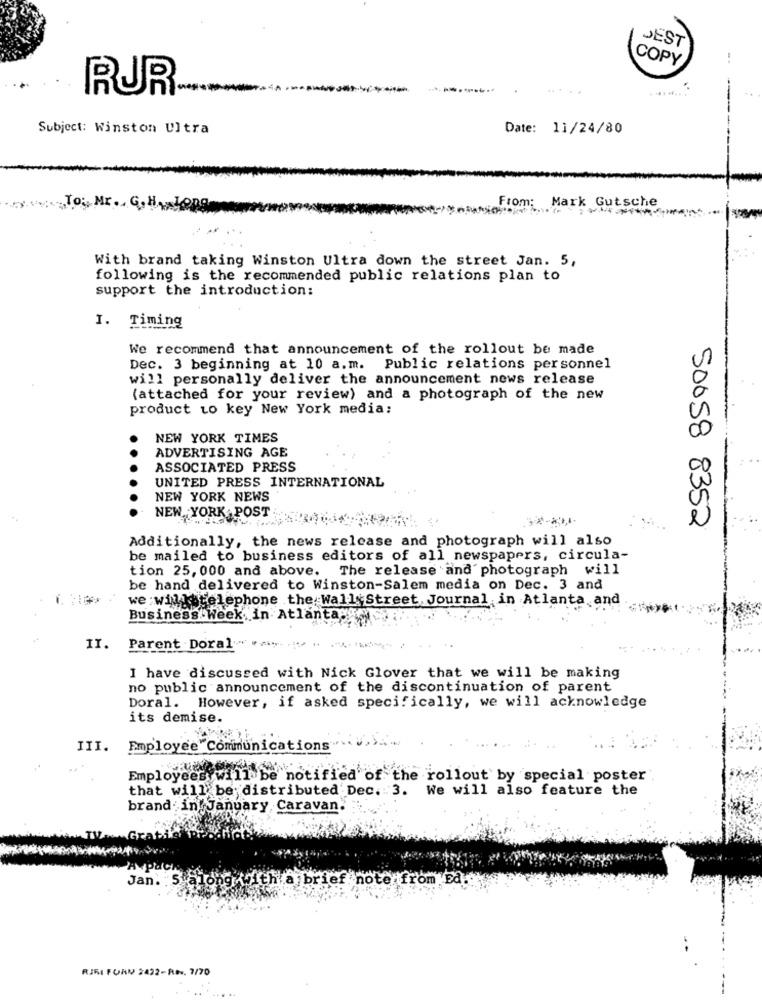
JEST
COPY
..
RUR
Subject: Winston Ultra
Date: 11/24/80
From: Mark Gutsche
With brand taking Winston Ultra down the street Jan. 5,
following is the recommended public relations plan to
support the introduction:
I. Timin
We recommend that announcement of the rollout be made
Dec. 3 beginning at 10 a.m. Public relations personnel
will personally deliver the announcement news release
(attached for your review) and a photograph of the new
product to key New York media;
NEW YORK TIMES
ADVERTISING AGE
ASSOCIATED PRESS
UNITED PRESS INTERNATIONAL
NEW YORK NEWS
NEW YORK POST
50058 8352
Additionally, the news release and photograph will also
be mailed to business editors of all newspapers, circula-
tion 25, 000 and above.
The release and photograph will
be hand delivered to Winston-Salem media on Dec. 3 and
we willgtelephone the Wall Street Journal in Atlanta and
Business Week in Atlantap
II.
Parent Doral
I have discussed with Nick Glover that we will be making
no public announcement of the discontinuation of parent
Doral. However, if asked specifically, we will acknowledge
its demise.
III. Employee"Communications
Employeesy
notified of the rollout by special poster
that will be distributed Dec. 3. We will also feature the
brand in! January Caravan.
Jan.
thia brief note from Ed:
RIRI FORM 2422-RI. 7/70